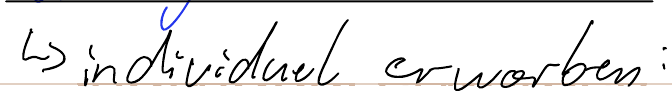
-> individuel erworben: